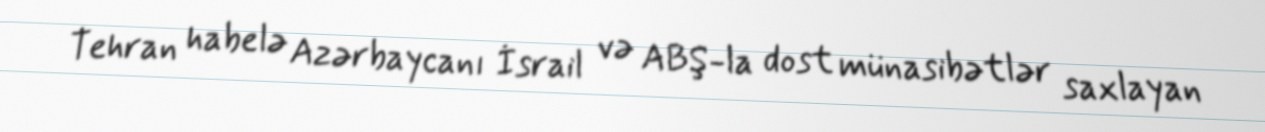
Tehran habelə Azərbaycanı İsrail və ABŞ-la dost münasibətlər saxlayan